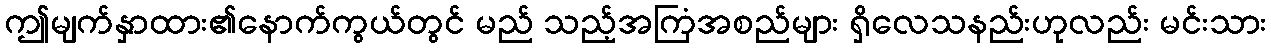
ဤမျက်နှာထား၏နောက်ကွယ်တွင် မည် သည့်အကြံအစည်များ ရှိလေသနည်းဟုလည်း မင်းသား